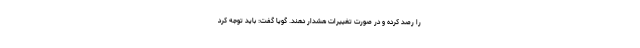
را رصد کرده و در صورت تغییرات هشدار دهند. گویا گفت: باید توجه کرد